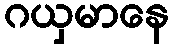
ဂယှမာနေ